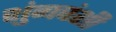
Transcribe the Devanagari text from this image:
शुंगवंशी